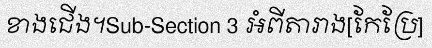
ខាងជើង។Sub-Section 3 អំពីតារាង[កែប្រែ]